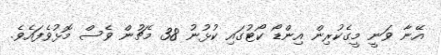
އޭނާ ވަނީ މީގެކުރިން އިންޑޯ ކޯޓުގައި ކުޅުނު 38 މެޗުން ވެސް މޮޅުވެފައެވެ.